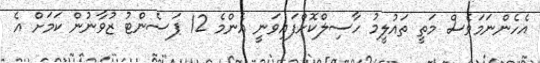
އެހެންނަމަވެސް މަތީ ތައުލީމު ހާސިލްކޮށްފައިވަނީ އެންމެ 12 ޕަސެންޓު ޒުވާނުން ކަމަށް އެ